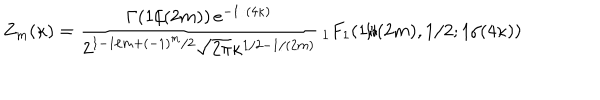
Z _ { m } ( \kappa ) = { \frac { \Gamma ( 1 / ( 2 m ) ) \, e ^ { - 1 / ( 4 \kappa ) } } { 2 ^ { 1 - 1 / m + ( - 1 ) ^ { m } / 2 } \sqrt { 2 \pi } \kappa ^ { 1 / 2 - 1 / ( 2 m ) } } } \, { } _ { 1 } F _ { 1 } ( 1 / ( 2 m ) , 1 / 2 ; 1 / ( 4 \kappa ) )